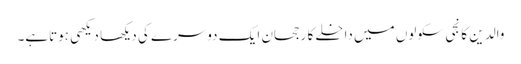
والدین کا نجی سکولوں میں داخلے کا رجحان ایک دوسرے کی دیکھا دیکھی ہوتاہے۔